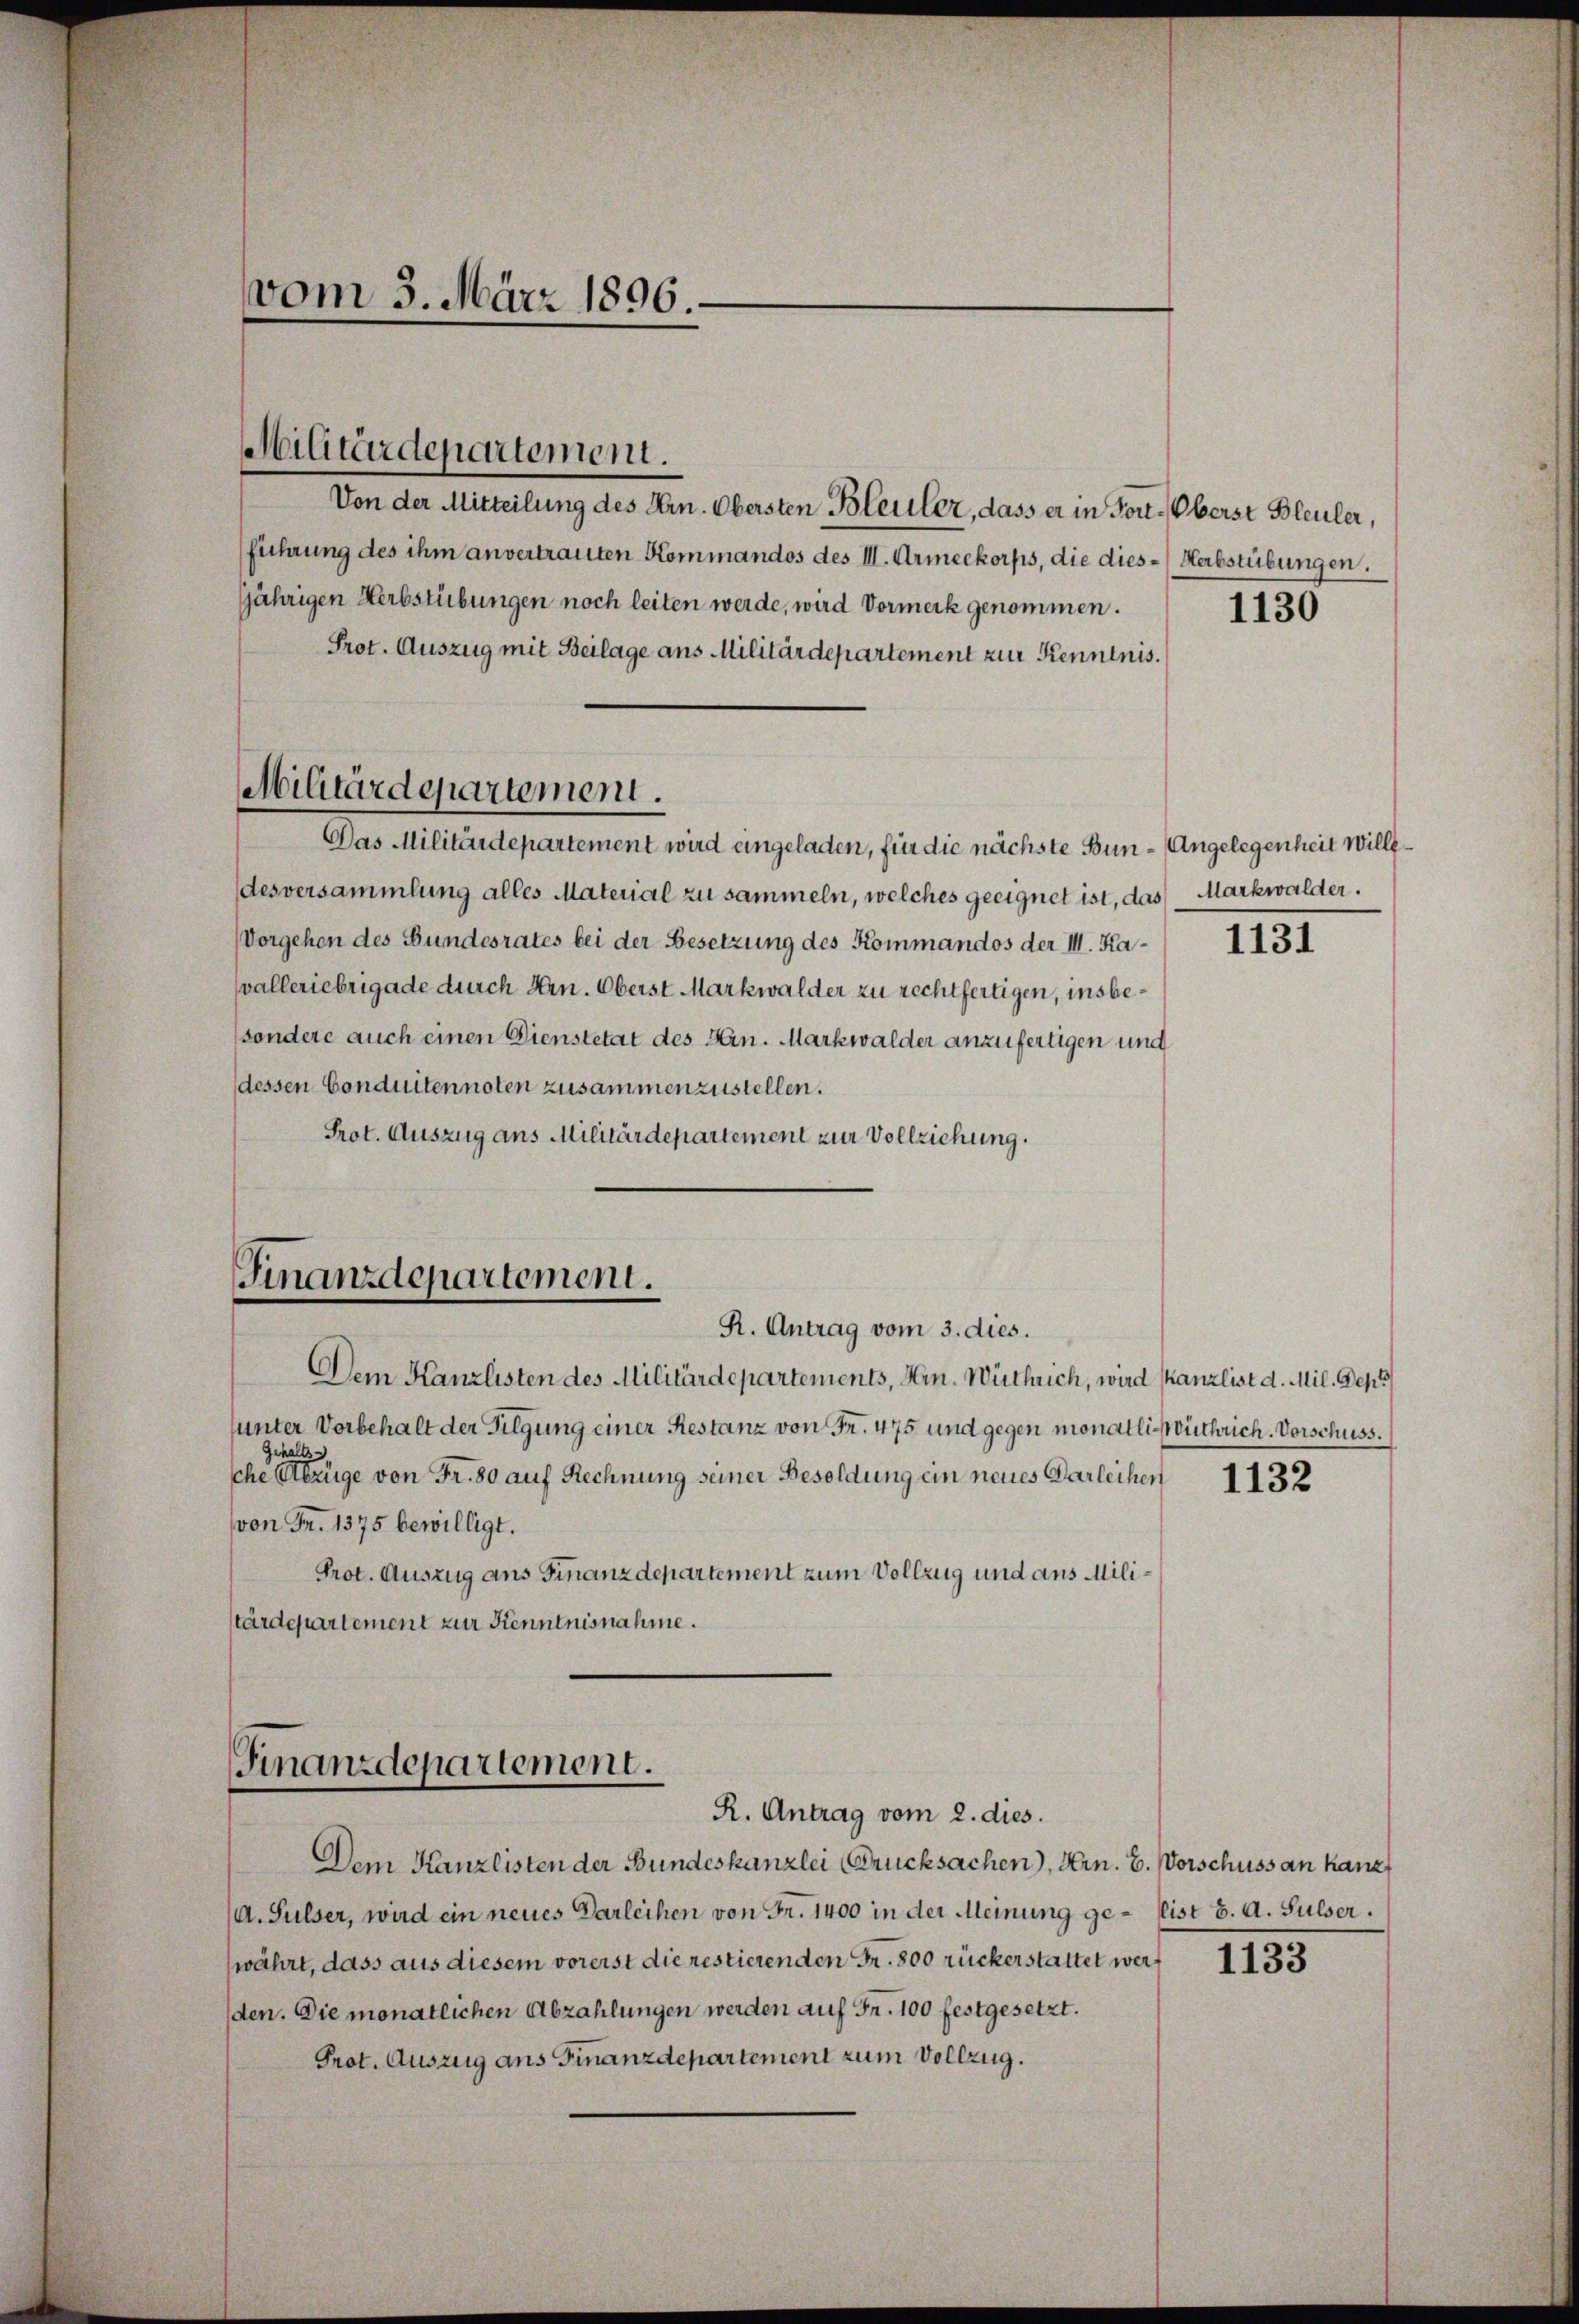
vom 3. März 1896.

Militärdepartement.

Von der Mitteilung des Hrn. Obersten Bleuler, dass er in For-Oberst Bleuler,
führung des ihm anvertrauten Kommandos des II. Armeekorps, die dies - Herbstübungen.
jjährigen Herbstübungen noch leiten werde, wird Vormerk genommen.
Prot. Auszug mit Beilage ans Militärdepartement zur Kenntnis.
Das Militärdepartement wird eingeladen, für die nächste Bun- Angelegenheit Willedesversammlung alles Material zu sammeln, welches geeignet ist, das Markwalder.
Vorgehen des Bundesrates bei der Besetzung des Kommandos der III. Kavalleriebrigade durch Hrn. Oberst Markwalder zu rechtfertigen, insbesondere auch einen Dienstetät des Hrn. Markwalder anzufertigen und
(dessen Conduitennoten zusammenzustellen.
Prot. Auszug aus Militärdepartement zur Vollziehung.
Finanzdepartement.
R. Antrag vom 3. dies.
Dem Kanzlisten des Militärdepartements, Hrn. Wütlich, wird kanzlist d. Mil. Gepr
uunter Vorbehalt der Tilgung einer Restanz von Fr. 475 und gegen monatlich buchrich. Vorschuss.
Gehalts
che Abzüge von Fr. 80 auf Rechnung seiner Besoldung ein neues Darleihen
von Fr. 1375 bewilligt.
Prot. Auszug aus Finanzdepartement zum Vollzug und aus Militärdepartement zur Kenntnisnahme.

Militärdepartement.

Finanzdepartement.
R. Antrag vom 2. dies.

Dem Kanzlisten der Bundeskanzlei (Drucksachen), Hrn. E. Vorschuss an kanz
d. Sulser, wird ein neues Darleihen von Fr. 1400 in der Meinung ge-Eist 6. A. Sulser.
währt, dass aus diesem vorerst die restierenden Fr. 800 rückerstattet werden. Die monatlichen Abzahlungen werden auf Fr. 100 festgesetzt.
Prot. Auszug aus Finanzdepartement zum Vollzug.

1130

1131

1132

1133